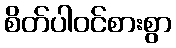
စိတ်ပါဝင်စားစွာ